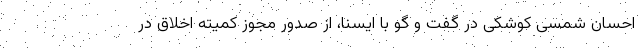
احسان شمسی کوشکی در گفت و گو با ایسنا، از صدور مجوز کمیته اخلاق در